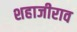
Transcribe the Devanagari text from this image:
शहाजीराव